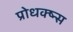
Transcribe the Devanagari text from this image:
प्रोधक्ष्न्स